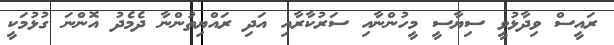
ރައީސް ވިދާޅުވީ ސިޔާސީ މީހުންނާއި ސަރުކާރާއި އަދި ރައްޔިތުންނާ ދެމެދު އޮންނަ ގުޅުމަކީ